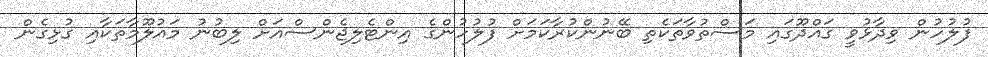
ފުލުހުން ވިދާޅުވީ ގައްދޫގައި މަސްތުވާތަކެތި ބޭނުންކުރާކަމަށް ފުލުހުންގެ އިންޓެލިޖެންސްއަށް ލިބުނު މައުލޫމާތަކާއި ގުޅިގެން